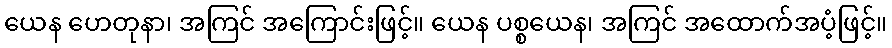
ယေန ဟေတုနာ၊ အကြင် အကြောင်းဖြင့်။ ယေန ပစ္စယေန၊ အကြင် အထောက်အပံ့ဖြင့်။